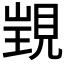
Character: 𧡁